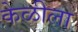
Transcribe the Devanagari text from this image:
केळीला